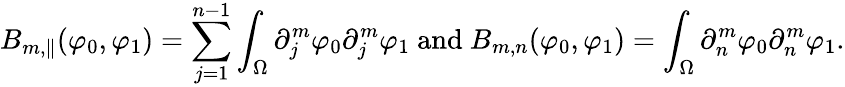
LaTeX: B_{m,\| }(\varphi_{0},\varphi_{1})=\sum_{j=1}^{n-1}\int_{\Omega}\partial_{j}^{m}\varphi_{0}\partial_{j}^{m}\varphi_{1}\mathrm{~and~}B_{m,n}(\varphi_{0},\varphi_{1})=\int_{\Omega}\partial_{n}^{m}\varphi_{0}\partial_{n}^{m}\varphi_{1}.